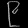
Digit: ၉